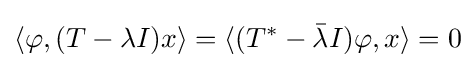
\langle \varphi ,(T-\lambda I)x\rangle =\langle (T^{*}-{\bar {\lambda }}I)\varphi ,x\rangle =0